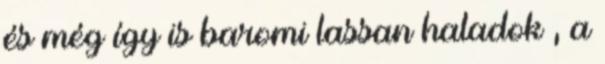
és még így is baromi lassan haladok , a